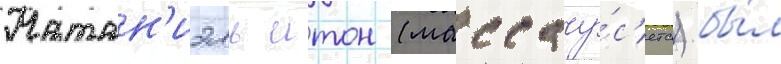
Натан'иэль итон (массачу́с'етс) бы́л